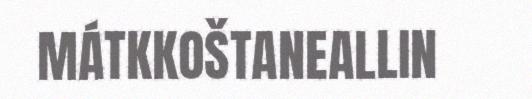
MÁTKKOŠTANEALLIN